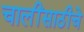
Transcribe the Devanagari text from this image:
चालींसाठीचे